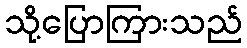
သို့ပြောကြားသည်